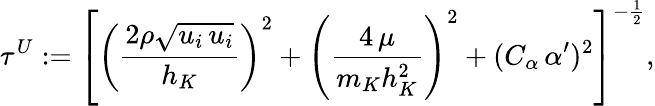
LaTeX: \tau^{U}:=\left[\left(\frac{2\rho\sqrt{u_{i}\, u_{i}}}{h_{K}}\right)^{2}+\left(\frac{4\, \mu}{m_{K}h_{K}^{2}}\right)^{2}+(C_{\alpha}\, \alpha^{\prime})^{2}\right]^{-\frac{1}{2}},